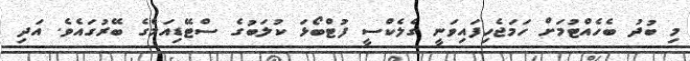
މި ބުދު ބެހެއްޓުމަށް ހަމަޖެހިފައިވަނީ ގެލެކްސީ ފުޓްބޯޅަ ކުލަބުގެ ސްޓޭޑިއަމްގެ ބޭރުގައެވެ. އަދި